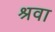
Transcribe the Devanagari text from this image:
श्रवा